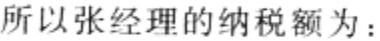
所以张经理的纳税额为：